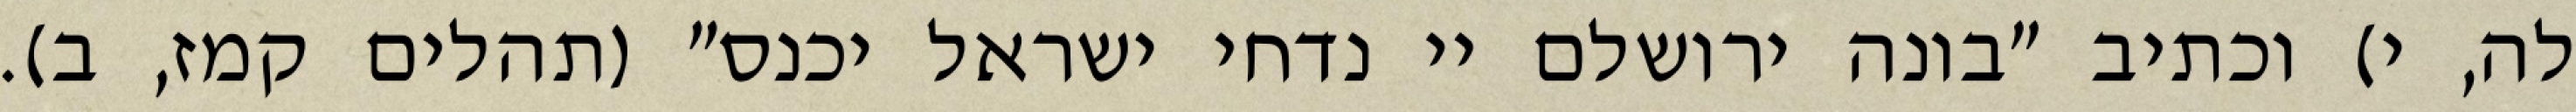
לה, י) וכתיב "בונה ירושלם יי נדחי ישראל יכנס" (תהלים קמז, ב).